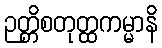
ဉတ္တိစတုတ္ထကမ္မာနိ